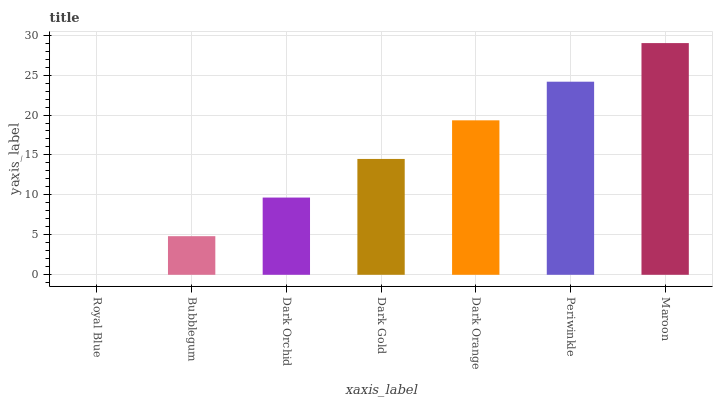
| xaxis_label | bars |
 | --- | --- |
 | Royal Blue | 0 |
 | Bubblegum | 4.83 |
 | Dark Orchid | 9.67 |
 | Dark Gold | 14.5 |
 | Dark Orange | 19.3 |
 | Periwinkle | 24.2 |
 | Maroon | 29 |